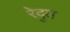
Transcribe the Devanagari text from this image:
रेदुत